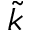
\tilde { k }